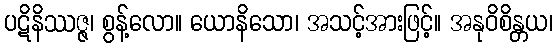
ပဋိနိဿဇ္ဇ၊ စွန့်လော။ ယောနိသော၊ အသင့်အားဖြင့်။ အနုဝိစိန္တယ၊